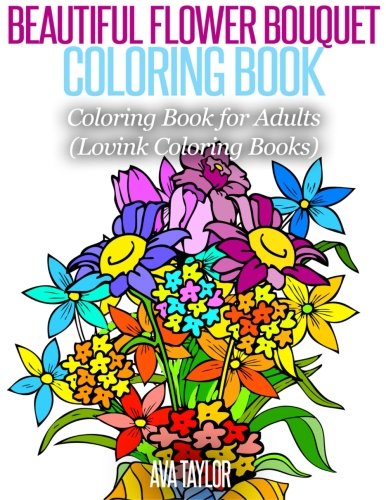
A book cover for Beautiful Flower Bouquet Coloring Book: Coloring Book for Adults (Lovink Coloring Books); Ava Taylor; Arts & Photography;